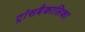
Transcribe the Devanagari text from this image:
ट्रांसबैकालिका